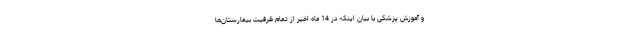
و آموزش پزشکی با بیان اینکه در 14 ماه اخیر از تمام ظرفیت بیمارستان‌ها